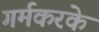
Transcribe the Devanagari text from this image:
गर्मकरके